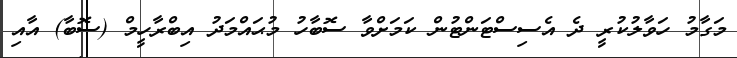
މަގާމު ހަވާލުކުރީ ދެ އެސިސްޓަންޓުން ކަމަށްވާ ސޮބާހު މުޙައްމަދު އިބްރާހީމް (ސޮބާ) އާއި